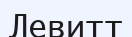
Левитт